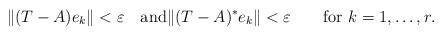
LaTeX: \begin{align*}\|(T-A)e_{k}\|<\varepsilon\quad{\rm and}\|(T-A)^{*}e_{k}\|<\varepsilon\qquad\hbox{for $k=1,\dots ,r.$} \end{align*}